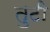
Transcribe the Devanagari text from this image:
तुटी